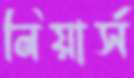
নিয়ার্স